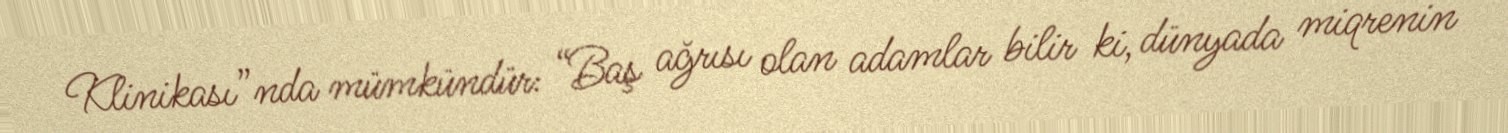
Klinikası”nda mümkündür: “Baş ağrısı olan adamlar bilir ki, dünyada miqrenin